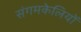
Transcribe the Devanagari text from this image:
संगमकेलियों